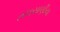
તલસાણીયા